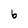
Character: 6